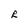
Character: R